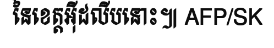
នៃខេត្តអ៊ីដលីបនោះ៕ AFP/SK